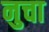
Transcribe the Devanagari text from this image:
नुचा